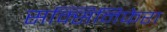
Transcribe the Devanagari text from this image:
सक्सिनिफेरा